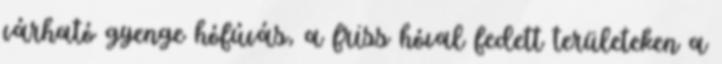
várható gyenge hófúvás, a friss hóval fedett területeken a